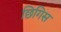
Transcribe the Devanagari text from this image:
छिगिस